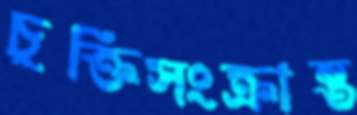
চুক্তিসংক্রান্ত